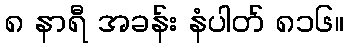
၈ နာရီ အခန်း နံပါတ် ၈၁၆။